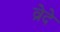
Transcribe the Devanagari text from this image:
व्रेदे